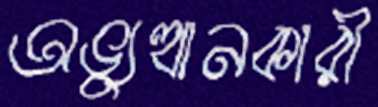
অভ্যুত্থানকারী